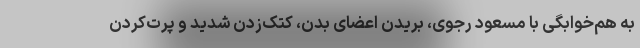
به هم‌خوابگی با مسعود رجوی، بریدن اعضای بدن، کتک‌زدن شدید و پرت‌کردن